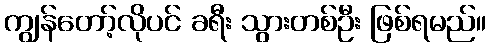
ကျွန်တော့်လိုပင် ခရီး သွားတစ်ဦး ဖြစ်ရမည်။